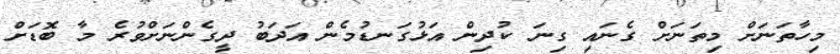
މިހާތަނަށް މިތަނަށް ގެނައި ގިނަ ކުދިން އަޅުގަނޑުމެން އަދަބު ދީގެންނަށްވުރެ މާ ބޮޑަށް